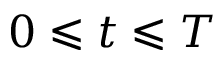
0 \leqslant t \leqslant T